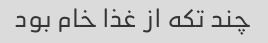
چند تکه از غذا خام بود